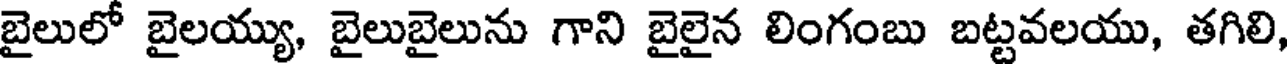
బైలులో బైలయ్యు, బైలుబైలును గాని బైలైన లింగంబు బట్టవలయు, తగిలి,